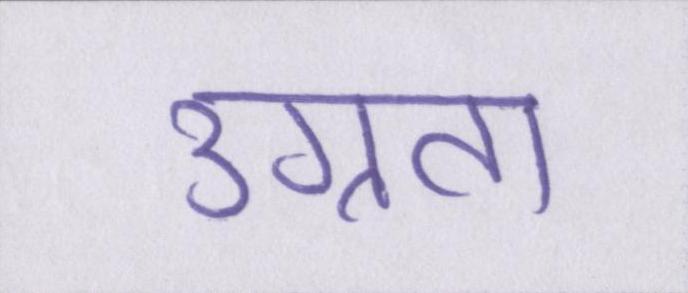
उग्रता